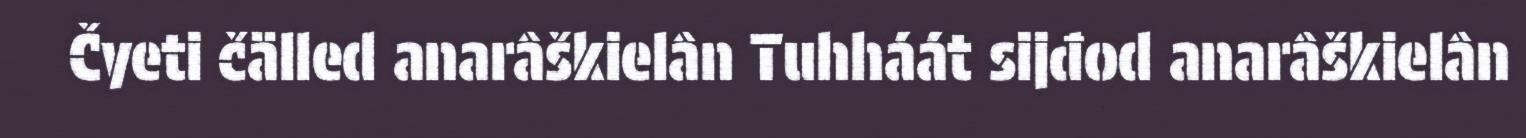
Čyeti čälled anarâškielân Tuhháát sijđod anarâškielân